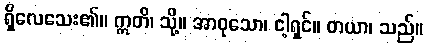
ရှိလေသေး၏။ ဣတိ၊ သို့။ အာဝုသော၊ ငါ့ရှင်။ တယာ၊ သည်။